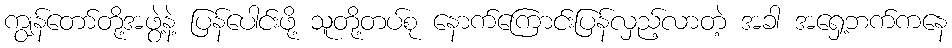
ကျွန်တော်တို့အဖွဲ့နဲ့ ပြန်ပေါင်းဖို့ သူတို့တပ်စု နောက်ကြောင်းပြန်လှည့်လာတဲ့ အခါ အရှေ့ဘက်ကနေ